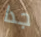
جدا